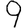
Digit: 9